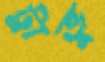
ট্রাভু